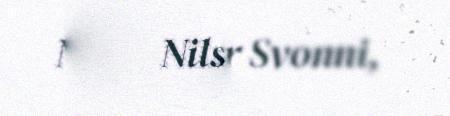
Nils-Petter Svonni,